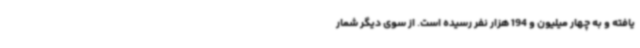
یافته و به چهار میلیون و 194 هزار نفر رسیده است. از سوی دیگر شمار